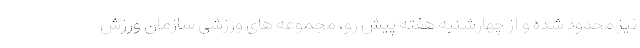
نیز محدود شده و از چهارشنبه هفته پیش رو، مجموعه های ورزشی سازمان ورزش